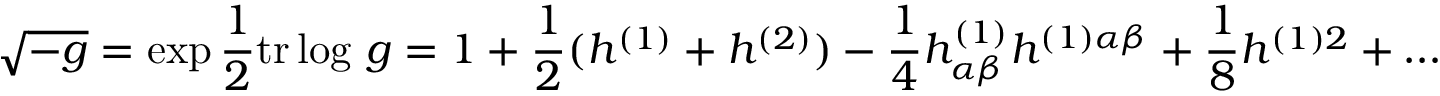
\sqrt { - g } = \exp { \frac { 1 } { 2 } } \mathrm { t r } \log \, g = 1 + { \frac { 1 } { 2 } } ( h ^ { ( 1 ) } + h ^ { ( 2 ) } ) - { \frac { 1 } { 4 } } h _ { \alpha \beta } ^ { ( 1 ) } h ^ { ( 1 ) \alpha \beta } + { \frac { 1 } { 8 } } h ^ { ( 1 ) 2 } + \ldots